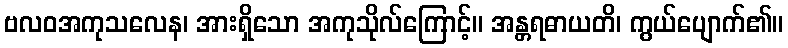
ဗလဝအကုသလေန၊ အားရှိသော အကုသိုလ်ကြောင့်။ အန္တရဓာယတိ၊ ကွယ်ပျောက်၏။